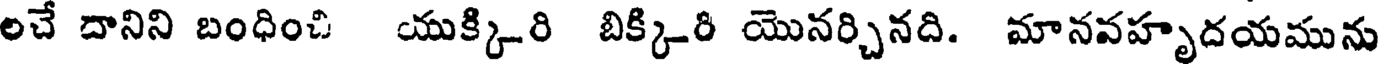
లచే దానిని బంధించి యుక్కిరి బిక్కిరి యొనర్చినది. మానవహృదయమును